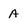
Character: a